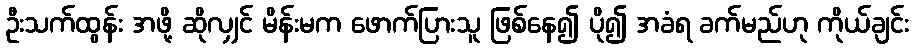
ဦးသက်ထွန်း အဖို့ ဆိုလျှင် မိန်းမက ဖောက်ပြားသူ ဖြစ်နေ၍ ပို၍ အခံရ ခက်မည်ဟု ကိုယ်ချင်း